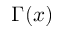
\Gamma ( x )